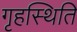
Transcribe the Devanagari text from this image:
गृहस्थिति